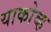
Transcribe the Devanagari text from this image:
याकोव्ह